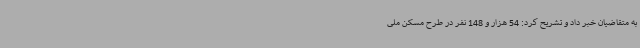
به متقاضیان خبر داد و تشریح کرد: 54 هزار و 148 نفر در طرح مسکن ملی